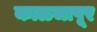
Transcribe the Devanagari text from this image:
काळजापूर